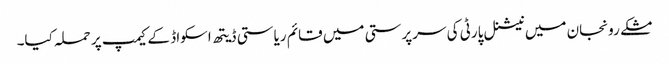
مشکے رونجان میں نیشنل پارٹی کی سرپرستی میں قائم ریاستی ڈیتھ اسکواڈ کے کیمپ پر حملہ کیا۔